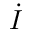
\dot { I }